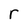
Character: r